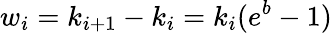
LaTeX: w_{i}=k_{i+1}-k_{i}=k_{i}(e^{b}-1)